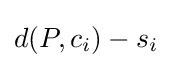
d(P,c_{i})-s_{i}